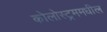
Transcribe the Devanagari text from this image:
कोलोस्ट्रममधील